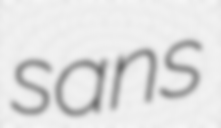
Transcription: sans